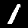
Label: 1